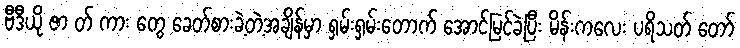
ဗီဒီယို ဇာ တ် ကား တွေ ခေတ်စားခဲ့တဲ့အချိန်မှာ ရှမ်းရှမ်းတောက် အောင်မြင်ခဲ့ပြီး မိန်းကလေး ပရိသတ် တော်